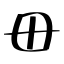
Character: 毌